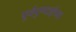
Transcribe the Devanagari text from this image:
पूर्वपुण्याईच्या